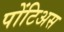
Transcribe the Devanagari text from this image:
पोंटिअस